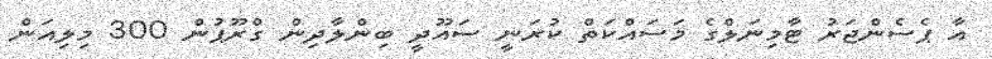
އާ ޕެސެންޖަރު ޓާމިނަލްގެ މަސައްކަތް ކުރަނީ ސައޫދީ ބިންލާދިން ގްރޫޕުން 300 މިލިއަން